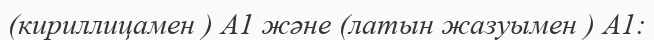
(кириллицамен ) А1 және (латын жазуымен ) A1: